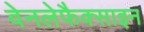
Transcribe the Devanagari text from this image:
वेनलेफैक्साइन